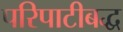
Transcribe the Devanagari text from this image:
परिपाटीबद्ध